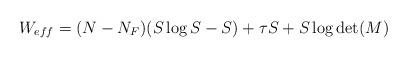
LaTeX: \begin{align*}W_{eff} = (N-N_F) (S\log S-S)+\tau S + S \log\det(M)\end{align*}